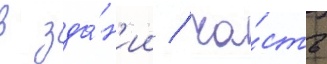
в зда́н'ии / ча́сть